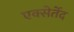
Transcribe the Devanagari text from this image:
एक्सेर्तेद